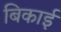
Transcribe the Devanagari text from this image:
बिकाई